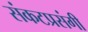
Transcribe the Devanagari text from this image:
संकटप्रसंगी